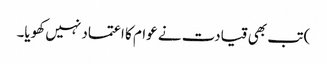
) تب بھی قیادت نے عوام کا اعتماد نہیں کھویا۔